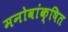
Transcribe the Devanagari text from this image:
मनोवांक्षित